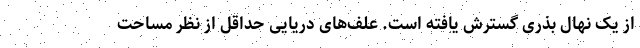
از یک نهال بذری گسترش یافته است. علف‌های دریایی حداقل از نظر مساحت